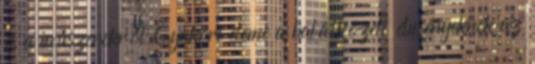
és a műszerekről Gyakori eleme a halálközeli élményeknek az